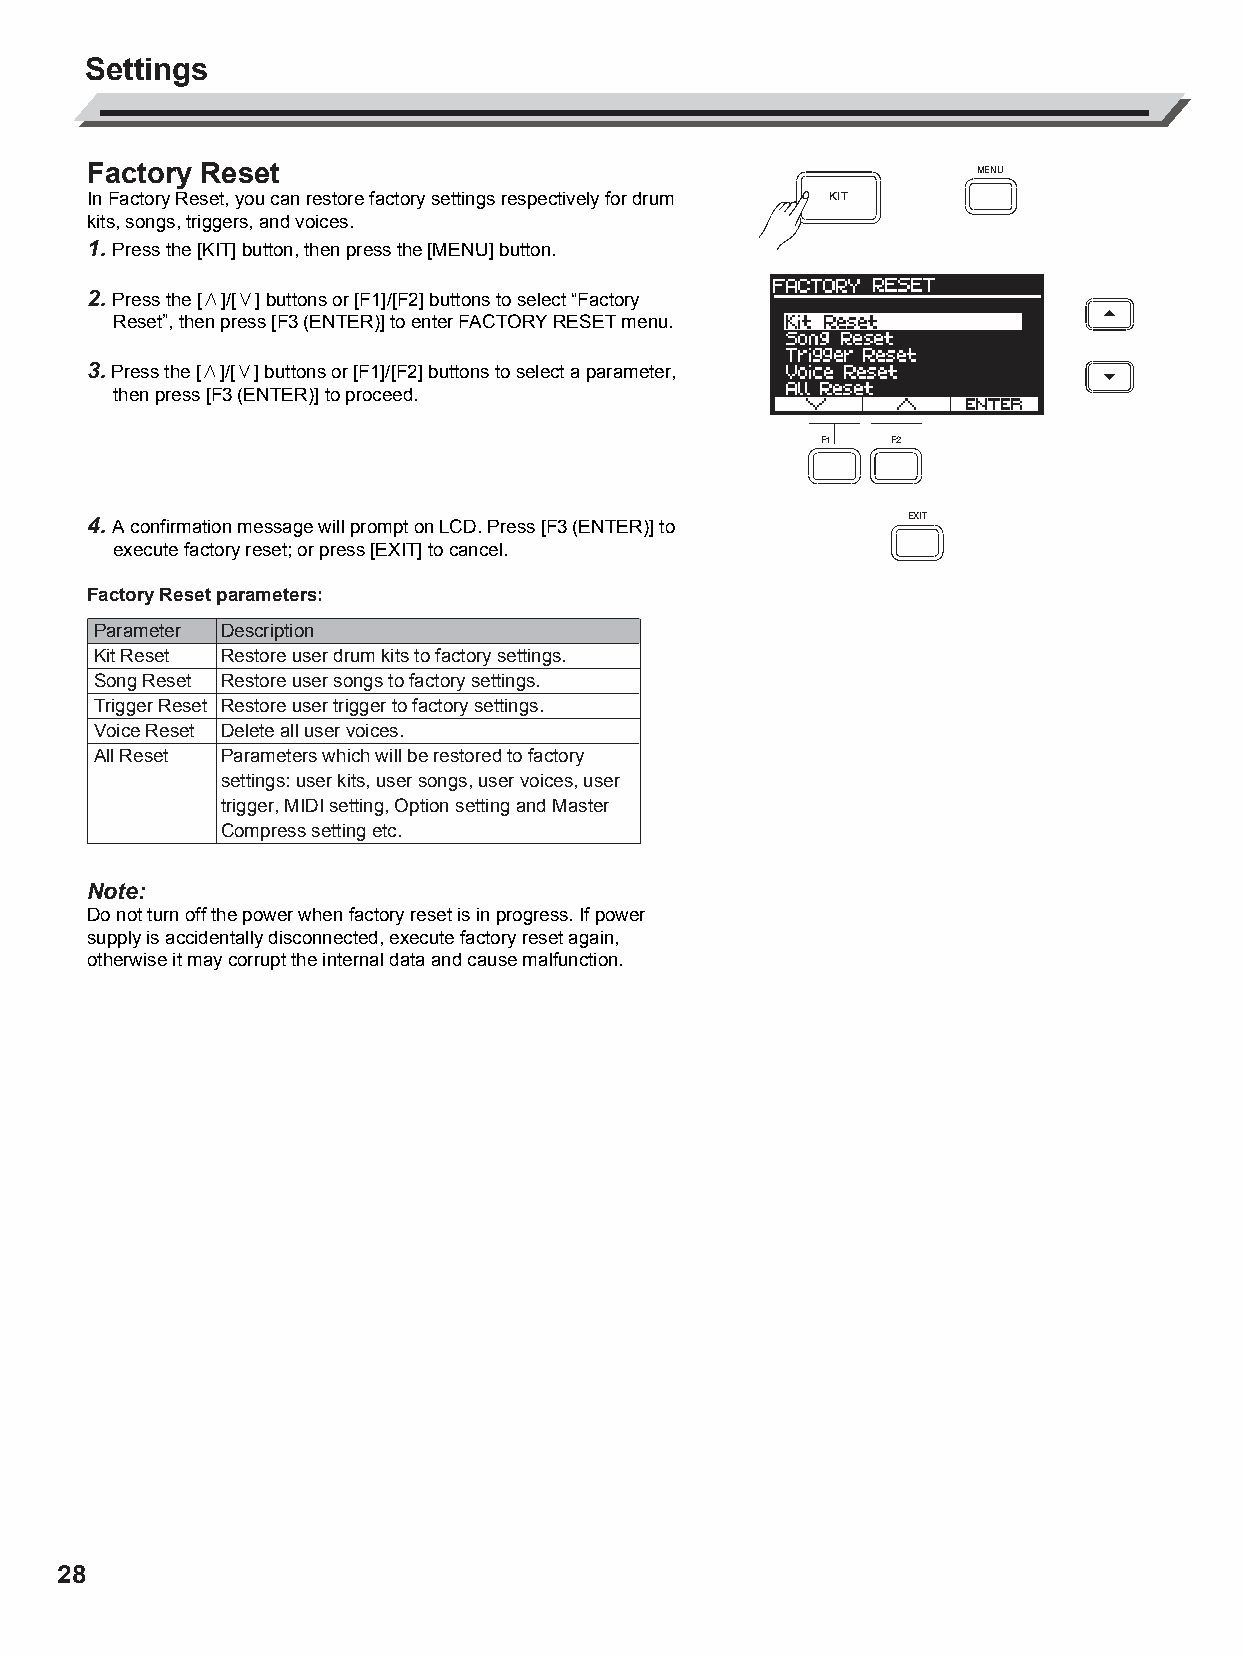
AW_DD638DX_manual_G02_180621.pdf 28 18-6-21 13:16
 Settings
 Factory Reset                                              MENU
 In Factory Reset, you can restore factory settings respectively for drum KIT
 kits, songs, triggers, and voices.
 1. Press the [KIT] button, then press the [MENU] button.
 2. Press the [∧]/[∨] buttons or [F1]/[F2] buttons to select “Factory
 Reset”, then press [F3 (ENTER)] to enter FACTORY RESET menu.
 3. Press the [∧]/[∨] buttons or [F1]/[F2] buttons to select a parameter,
 then press [F3 (ENTER)] to proceed.
 F1  F2
 4. A confirmation message will prompt on LCD. Press [F3 (ENTER)] to EXIT
 execute factory reset; or press [EXIT] to cancel.
 Factory Reset parameters:
 Parameter Description
 Kit Reset Restore user drum kits to factory settings.
 Song Reset Restore user songs to factory settings.
 Trigger Reset Restore user trigger to factory settings.
 C
 Voice Reset Delete all user voices.
 M        All Reset Parameters which will be restored to factory
 Y                settings: user kits, user songs, user voices, user
 trigger, MIDI setting, Option setting and Master
 CM
 Compress setting etc.
 MY
 CY
 Note:
 CMY      Do not turn off the power when factory reset is in progress. If power
 K       supply is accidentally disconnected, execute factory reset again,
 otherwise it may corrupt the internal data and cause malfunction.
 28